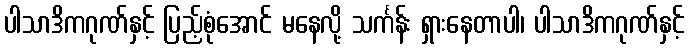
ပါသာဒိကဂုဏ်နှင့် ပြည့်စုံအောင် မနေလို့ သင်္ကန်း ရှားနေတာပါ၊ ပါသာဒိကဂုဏ်နှင့်